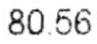
80.56